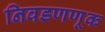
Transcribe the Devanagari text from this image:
निवडणणूक